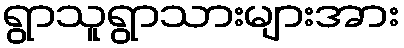
ရွာသူရွာသားများအား